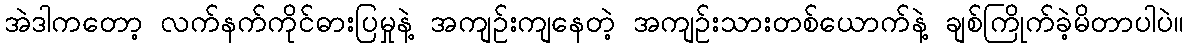
အဲဒါကတော့ လက်နက်ကိုင်ဓားပြမှုနဲ့ အကျဉ်းကျနေတဲ့ အကျဉ်းသားတစ်ယောက်နဲ့ ချစ်ကြိုက်ခဲ့မိတာပါပဲ။